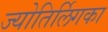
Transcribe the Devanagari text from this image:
ज्योतिर्लिगका